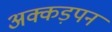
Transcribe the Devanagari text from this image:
अक्कड़पन